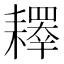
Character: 𰭲